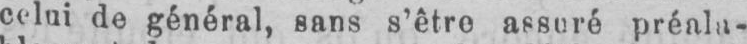
celui de général, sans s’être assuré préala-